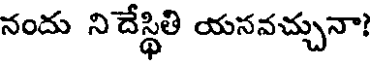
నందు నిచేస్థితి యనవచ్చునా?